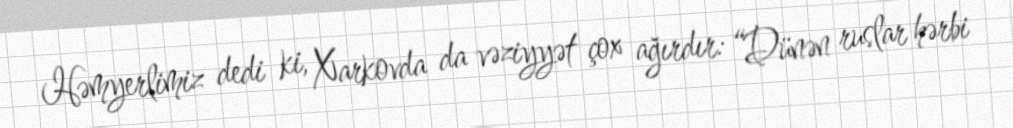
Həmyerlimiz dedi ki, Xarkovda da vəziyyət çox ağırdır: “Dünən ruslar hərbi